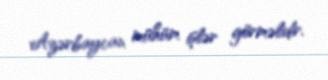
Azərbaycan mühüm işlər görməlidir.